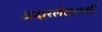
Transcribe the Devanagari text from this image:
अक्षरलेखनाची